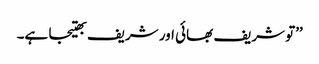
’’تو شریف بھائی اور شریف بھتیجا ہے۔